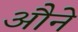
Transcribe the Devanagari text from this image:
औने